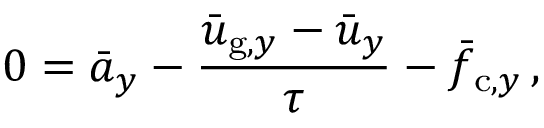
0 = \bar { a } _ { y } - \frac { \bar { u } _ { \mathrm { g } , y } - \bar { u } _ { y } } { \tau } - \bar { f } _ { \mathrm { c } , y } \, ,